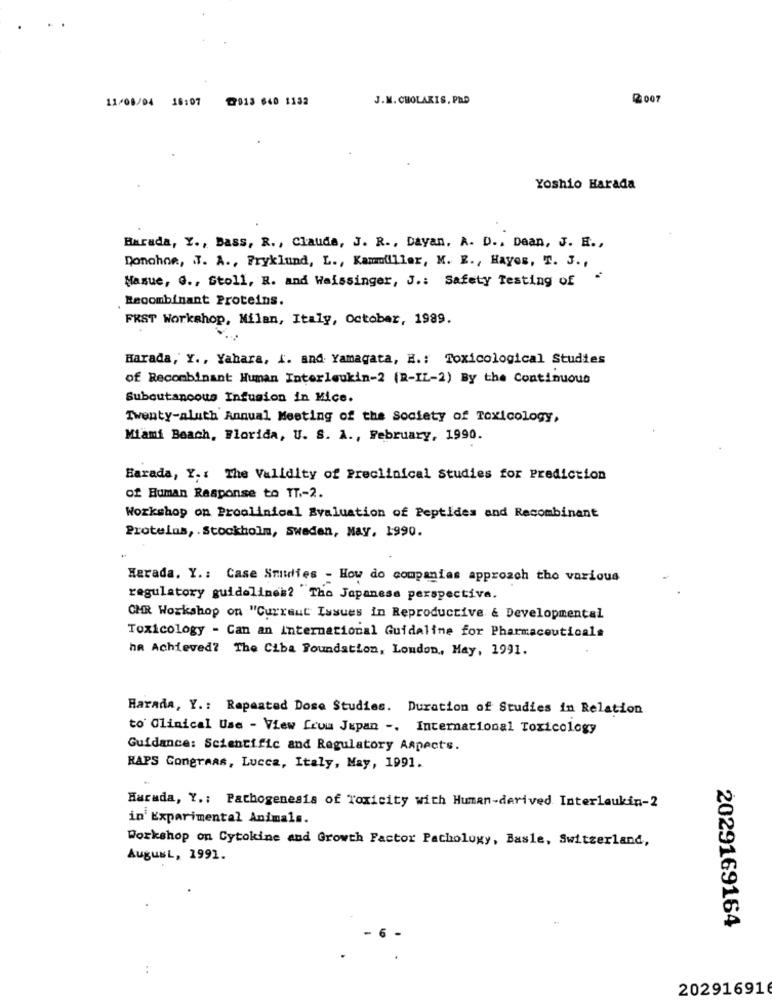
11/08/04 18:07
@913 640 1132
J.M. CHOLAKIS, PAD
2007
Yoshio Harada
Burada, Y ., Bass, R ., Claude, J. R ., Dayan. A. D ., Daan, J. E .,
Donohoe, J. A ., Fryklund, L ., Kammiller, K. E ., Hayes, T. J .,
Nasue, G ., Stoll, R. and Weissinger, J .: Safety Testing of
Recombinant Proteins.
FRST Workshop, Milan, Italy, October, 1989.
Harada, Y ., Yahara, i. and Yamagata, E .: Toxicological Studies
of Recombinant Human Interleukin-2 (R-IL-2) By the Continuous
Subcutaneous Infusion in Mice.
Twenty-aluth Annual Meeting of the Society of Toxicology,
Miami Beach, Florida, U. S. A ., February, 1990.
Barada, Y .: The Validity of Preclinical Studies for Prediction
of Human Response to TT .- 2.
Workshop on Proolinical Evaluation of Peptides and Recombinant
Proteins, . Stockholm, sweden, May, 1990.
Herada. Y .: Case Studies - How do companies approach tho various
regulatory guidelines? The Japanese perspective.
CHR Workshop on "Current Issues in Reproductive & Developmental
Toxicology - Can an International Guidaline for Pharmaceuticals
ha Achieved? The Ciba Foundation, Loudon, May, 1991.
Harada, Y .: Rapaated Dose Studies. Duration of Studies in Relation
to Clinical Use - View from Japan -. International Toxicology
Guidance: Scientific and Regulatory Aspects.
RAPS Congraas, Lucca, Italy, May, 1991.
Harada, Y .: Pathogenesis of Toxicity with Human-derived Interleukin-2
in Experimental Animals.
Workshop on Cytokine and Growth Factor Pathology, Basle, Switzerland,
AugusL, 1991.
2029169164
:
202916916